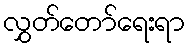
လွှတ်တော်ရေးရာ